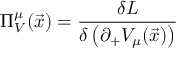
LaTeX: \Pi _ { V } ^ { \mu } ( { \vec { x } } ) = \frac { \delta { L } } { \delta \left( \partial _ { + } V _ { \mu } ( \vec { x } ) \right) }